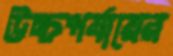
উচ্চপর্যায়ের